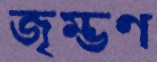
জৃম্ভণ